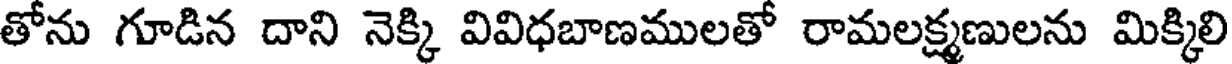
తోను గూడిన దాని నెక్కి వివిధబాణములతో రామలక్ష్మణులను మిక్కిలి